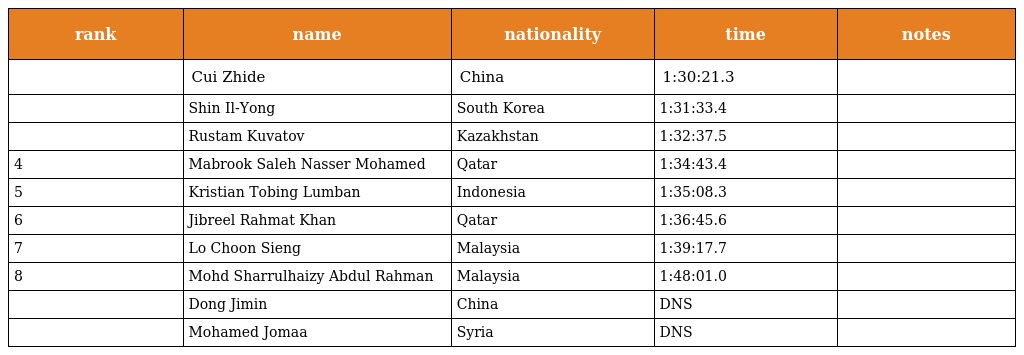
| rank | name | nationality | time | notes |
 | --- | --- | --- | --- | --- |
 |  | Cui Zhide | China | 1:30:21.3 |  |
 |  | Shin Il-Yong | South Korea | 1:31:33.4 |  |
 |  | Rustam Kuvatov | Kazakhstan | 1:32:37.5 |  |
 | 4 | Mabrook Saleh Nasser Mohamed | Qatar | 1:34:43.4 |  |
 | 5 | Kristian Tobing Lumban | Indonesia | 1:35:08.3 |  |
 | 6 | Jibreel Rahmat Khan | Qatar | 1:36:45.6 |  |
 | 7 | Lo Choon Sieng | Malaysia | 1:39:17.7 |  |
 | 8 | Mohd Sharrulhaizy Abdul Rahman | Malaysia | 1:48:01.0 |  |
 |  | Dong Jimin | China | DNS |  |
 |  | Mohamed Jomaa | Syria | DNS |  |